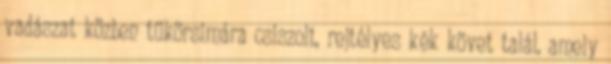
vadászat közben tükörsimára csiszolt, rejtélyes kék követ talál, amely